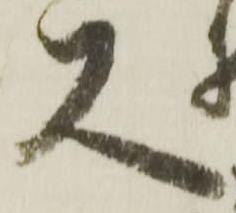
又